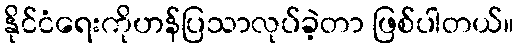
နိုင်ငံရေးကိုဟန်ပြသာလုပ်ခဲ့တာ ဖြစ်ပါတယ်။